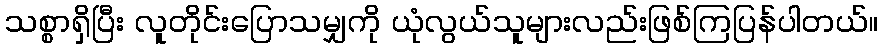
သစ္စာရှိပြီး လူတိုင်းပြောသမျှကို ယုံလွယ်သူများလည်းဖြစ်ကြပြန်ပါတယ်။